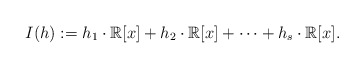
\begin{align*}I(h):= h_1\cdot \mathbb{R}[x]+h_2\cdot \mathbb{R}[x]+\cdots+h_s\cdot \mathbb{R}[x].\end{align*}